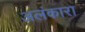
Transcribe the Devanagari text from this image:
अलंकारा